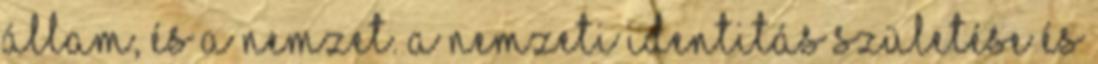
állam, és a nemzet. A nemzeti identitás születése és